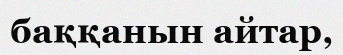
баққанын айтар,